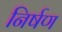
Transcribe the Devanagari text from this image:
निर्षण